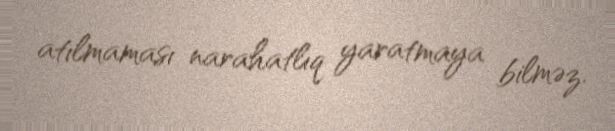
atılmaması narahatlıq yaratmaya bilməz.